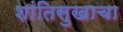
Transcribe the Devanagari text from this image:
शांतिसुखाचा